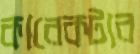
কারেকটার